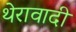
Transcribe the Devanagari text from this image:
थेरावादी